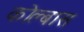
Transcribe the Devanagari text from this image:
कोल्बास